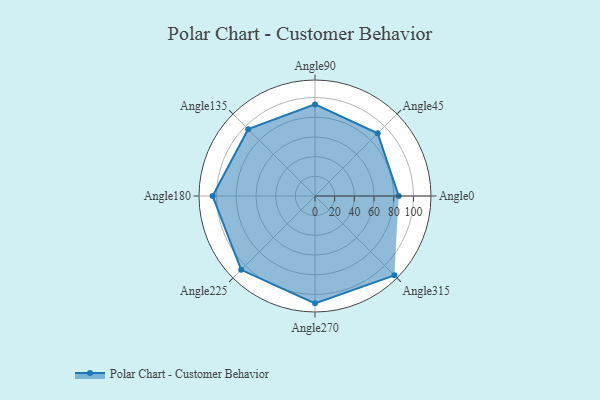
{"axis": {"x": "Angle", "y": "Radius"}, "legend": [""], "data": [{"x": "Angle0", "y": 85.0, "type": ""}, {"x": "Angle45", "y": 90.0, "type": ""}, {"x": "Angle90", "y": 93.0, "type": ""}, {"x": "Angle135", "y": 96.0, "type": ""}, {"x": "Angle180", "y": 104.0, "type": ""}, {"x": "Angle225", "y": 106.0, "type": ""}, {"x": "Angle270", "y": 109.0, "type": ""}, {"x": "Angle315", "y": 114.0, "type": ""}]}